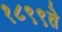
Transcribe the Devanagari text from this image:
१८९९ते